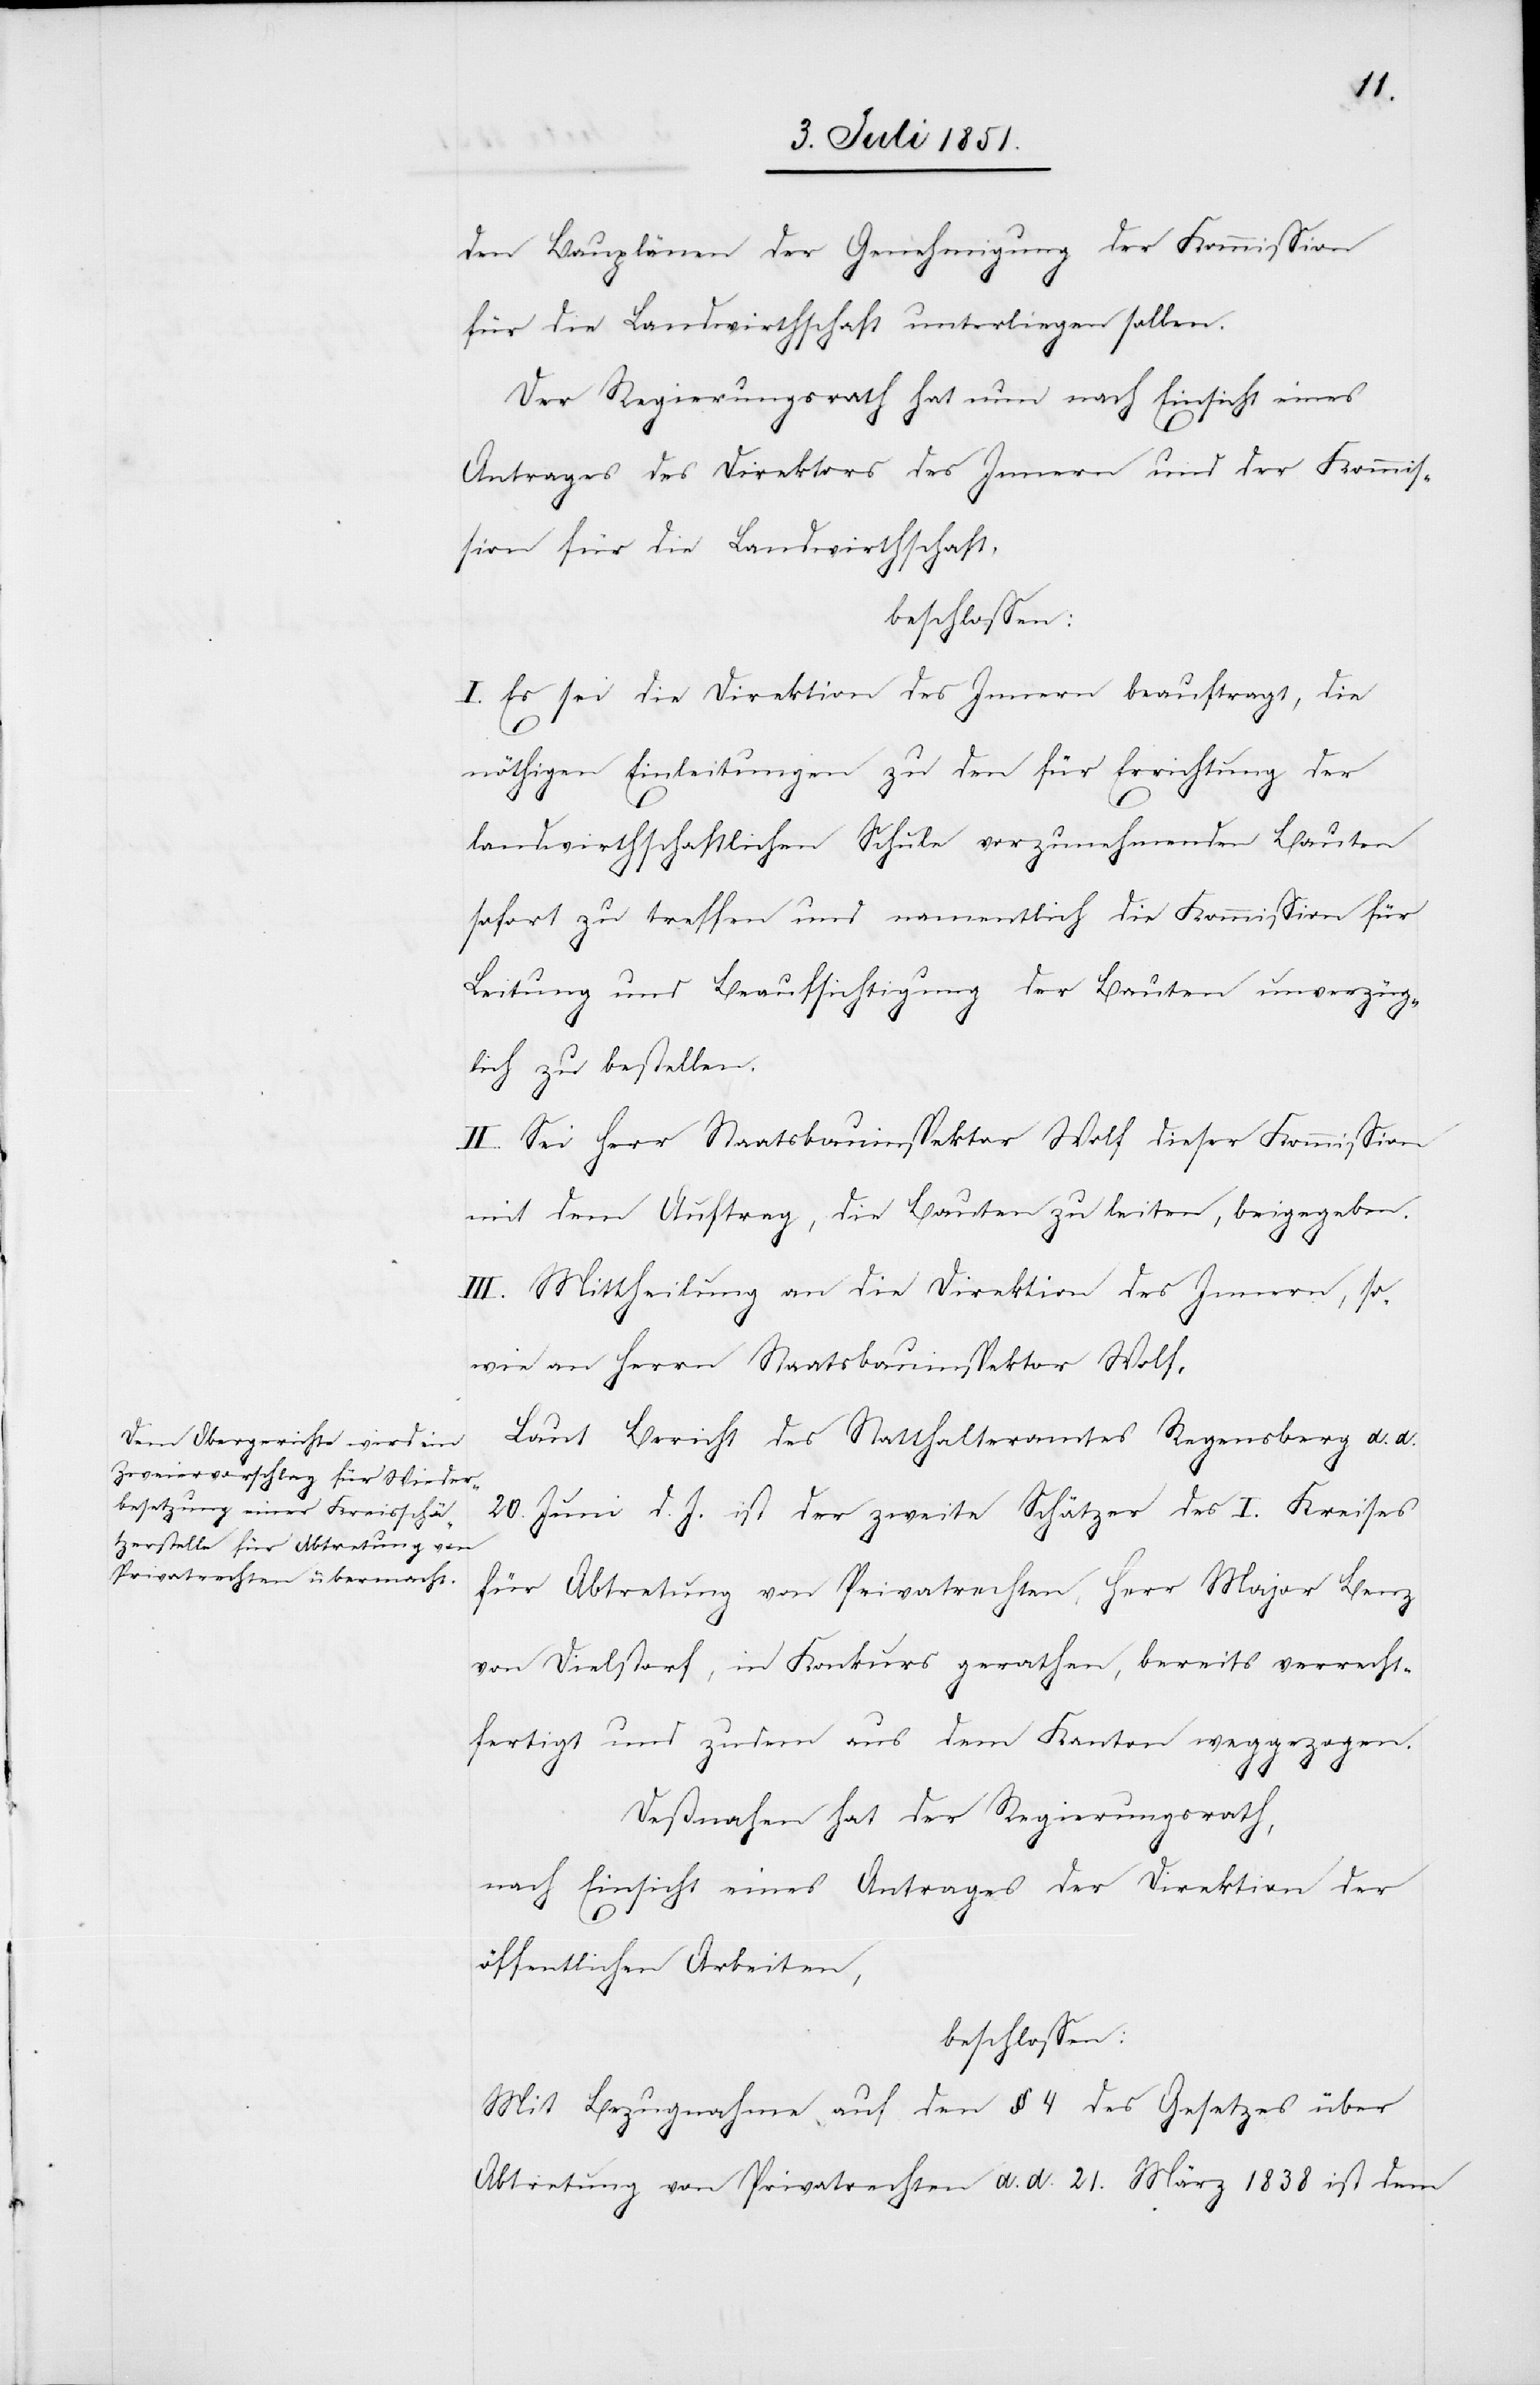
den Bauplänen der Genehmigung der Kommission
für die Landwirthschaft unterliegen sollen.
Der Regierungsrath hat nun nach Einsicht eines
Antrages des Direktors des Innern und der Kommis¬
sion für die Landwirthschaft,
beschlossen:
I. Es sei die Direktion des Innern beauftragt, die
nöthigen Einleitungen zu den für Errichtung der
landwirthschaftlichen Schule vorzunehmenden Bauten
sofort zu treffen und namentlich die Kommission für
Leitung und Beaufsichtigung der Bauten unverzüg¬
lich zu bestellen.
II. Sei Herr Staatsbauinspektor Wolf dieser Kommission
mit dem Auftrag, die Bauten zu leiten, beigegeben.
III. Mittheilung an die Direktion des Innern, so¬
wie an Herrn Staatsbauinspektor Wolf.
Laut Bericht des Statthalteramtes Regensberg d. d.
20. Juni d. J. ist der zweite Schätzer des I. Kreises
für Abtretung von Privatrechten, Herr Major Benz
von Dielstorf, in Konkurs gerathen, bereits verrecht¬
fertigt und zudem aus dem Kanton weggezogen.
Deßnahen hat der Regierungsrath,
nach Einsicht eines Antrages der Direktion der
öffentlichen Arbeiten,
beschlossen:
Mit Bezugnahme auf den § 4 des Gesetzes über
Abtretung von Privatrechten d. d. 21. März 1838 ist dem